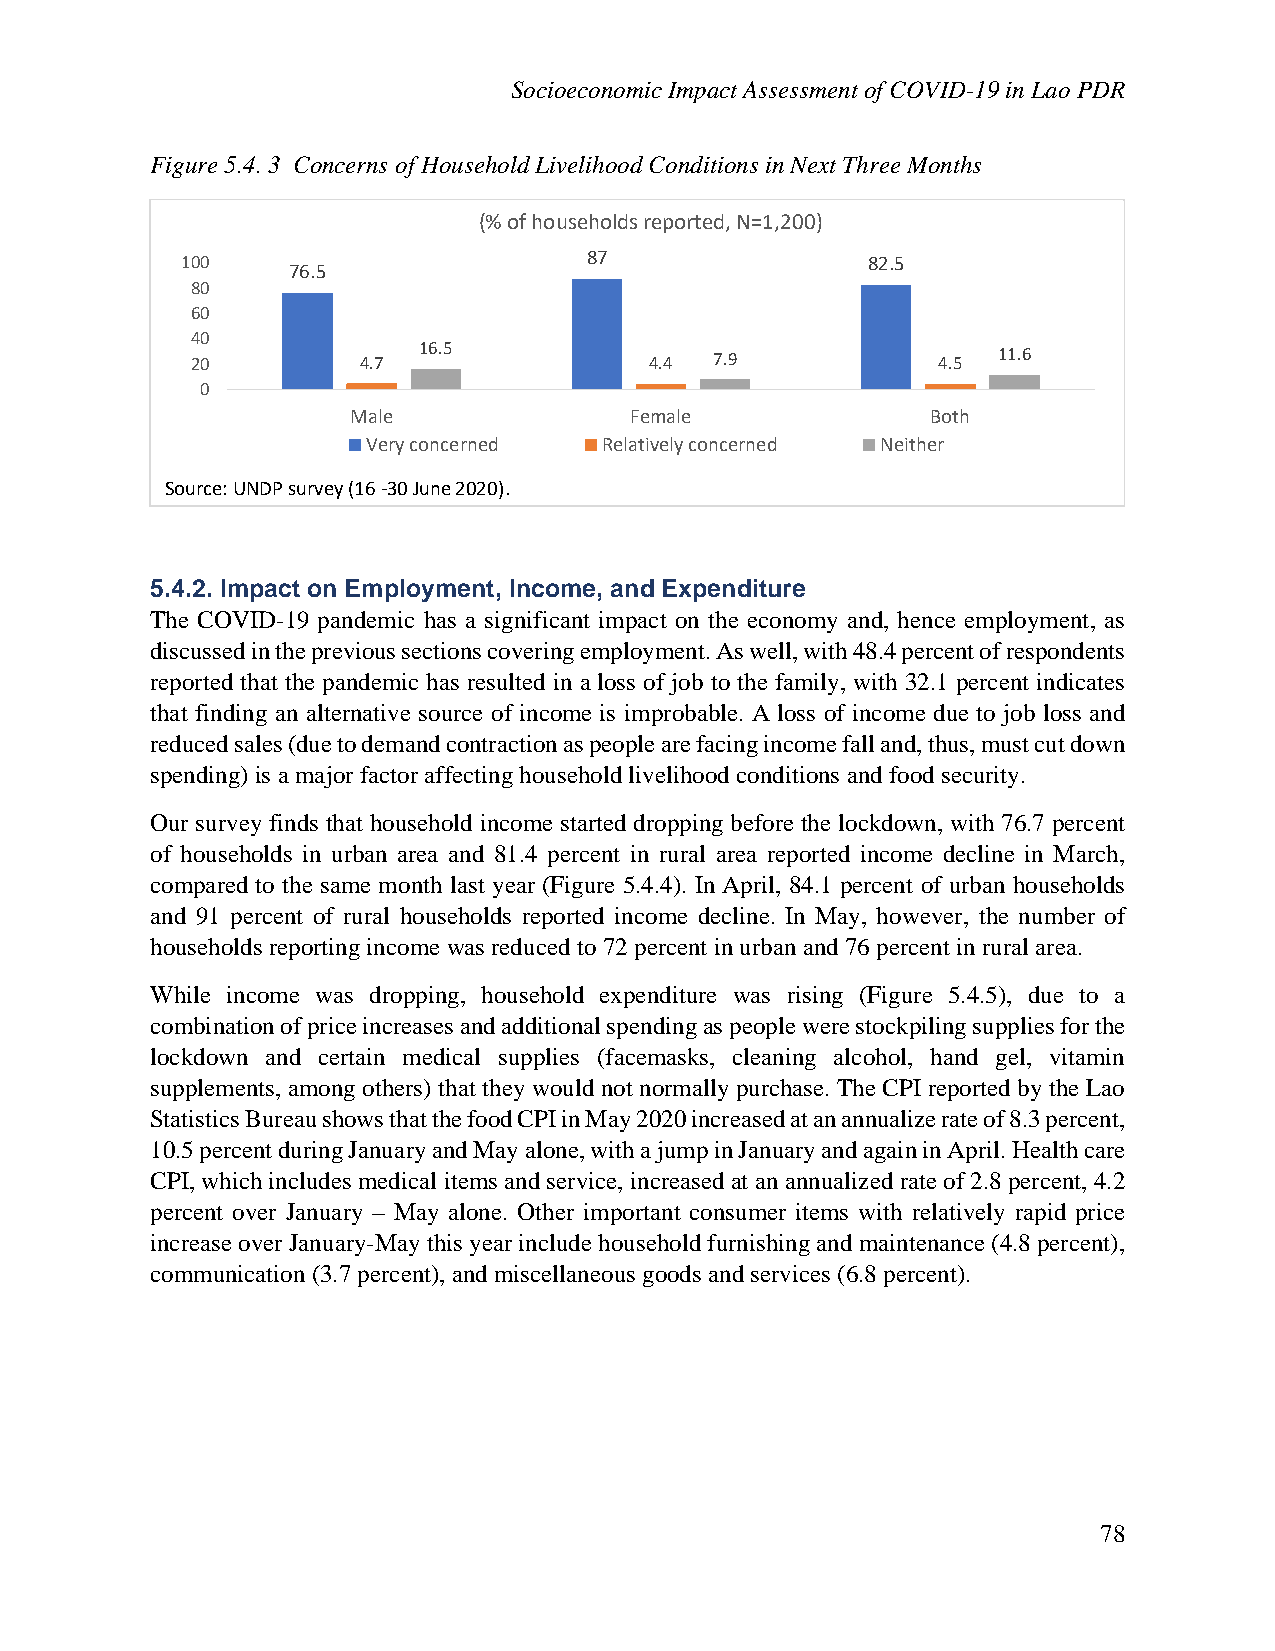
Socioeconomic Impact Assessment of COVID-19 in Lao PDR
 Figure 5.4. 3 Concerns of Household Livelihood Conditions in Next Three Months
 (% of households reported, N=1,200)
 100                        87                82.5
 76.5
 80
 60
 40
 20         4.7 16.5           4.4 7.9            4.5 11.6
 0
 Male               Female              Both
 Very concerned  Relatively concerned Neither
 Source: UNDP survey (16 -30 June 2020).
 5.4.2. Impact on Employment, Income, and Expenditure
 The COVID-19 pandemic has a significant impact on the economy and, hence employment, as
 discussed in the previous sections covering employment. As well, with 48.4 percent of respondents
 reported that the pandemic has resulted in a loss of job to the family, with 32.1 percent indicates
 that finding an alternative source of income is improbable. A loss of income due to job loss and
 reduced sales (due to demand contraction as people are facing income fall and, thus, must cut down
 spending) is a major factor affecting household livelihood conditions and food security.
 Our survey finds that household income started dropping before the lockdown, with 76.7 percent
 of households in urban area and 81.4 percent in rural area reported income decline in March,
 compared to the same month last year (Figure 5.4.4). In April, 84.1 percent of urban households
 and 91 percent of rural households reported income decline. In May, however, the number of
 households reporting income was reduced to 72 percent in urban and 76 percent in rural area.
 While income was dropping, household expenditure was rising (Figure 5.4.5), due to a
 combination of price increases and additional spending as people were stockpiling supplies for the
 lockdown and certain medical supplies (facemasks, cleaning alcohol, hand gel, vitamin
 supplements, among others) that they would not normally purchase. The CPI reported by the Lao
 Statistics Bureau shows that the food CPI in May 2020 increased at an annualize rate of 8.3 percent,
 10.5 percent during January and May alone, with a jump in January and again in April. Health care
 CPI, which includes medical items and service, increased at an annualized rate of 2.8 percent, 4.2
 percent over January – May alone. Other important consumer items with relatively rapid price
 increase over January-May this year include household furnishing and maintenance (4.8 percent),
 communication (3.7 percent), and miscellaneous goods and services (6.8 percent).
 78